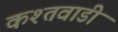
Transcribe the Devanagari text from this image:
कश्तवाडी